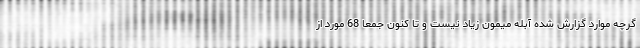
گرچه موارد گزارش شده آبله میمون زیاد نیست و تا کنون جمعا 68 مورد از